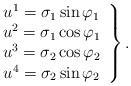
LaTeX: \begin{align*}\left.\begin{array}{c}u^1=\sigma _1\sin \varphi _1 \\u^2=\sigma _1\cos \varphi _1 \\u^3=\sigma _2\cos \varphi _2 \\u^4=\sigma _2\sin \varphi _2\end{array}\right\} .\end{align*}